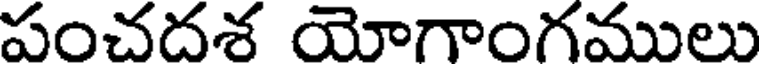
పంచదశ యోగాంగములు